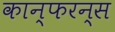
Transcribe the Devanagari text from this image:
कान्फरन्स